Vaccination United Provinces of Agra and Oudh 1902-1913 - 1902-1913
Year: 1902
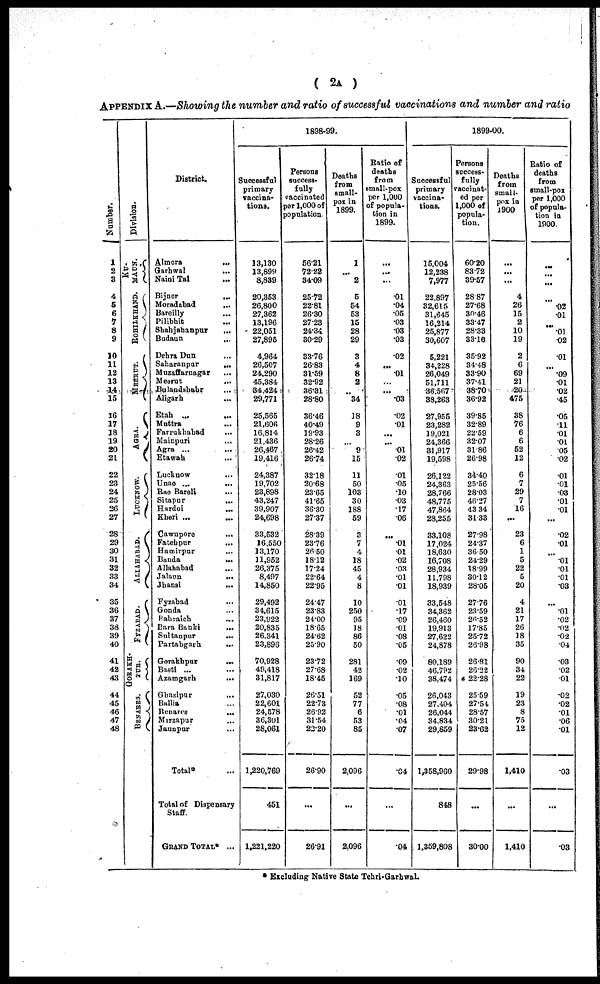
( 2A )
APPENDIX A.—Showing the number and ratio of successful vaccinations and number and ratio
Number.
1
2
3
4
5
6
7
8
9
10
11
12
13
14
15
16
17
18
19
20
21
22
23
24
25
26
27
28
29
30
31
32
33
34
35
36
37
3d
39
40
41
42
43
44
45
46
47
48
Division.
KU¬
MAUN.
ROHILKHAND.
MEERUT.
AGRA.
LUCKNOW.
ALLAHABAD.
FYZABAD.
GORAKH¬
PUR.
BENARES.
District.
Almora
...
Garhwal
...
Naini Tal ...
Bijnor
...
Moradabad
...
Bareilly
...
Pilibhit ...
Shahjahanpur
...
Budaun ...
Dehra Dun ...
Saharanpur
...
Muzaffarnagar ...
Meerut
...
Bulandshahr ...
Aligarh
...
Etah ...
...
Muttra
...
Farrukhabad ...
Mainpuri
...
Agra ...
...
Etawah ...
Lucknow ...
Unao ... ...
Rae Bareli ...
Sitapur ...
Hardoi
...
Kheri ... ...
Cawnpore
...
Fatehpur ...
Hamirpur ...
Banda
...
Allahabad ...
Jalaun
...
Jhansi
...
Fyzabad ...
Gonda ...
Bahraich ...
Bara Banki
...
Sultanpur
...
Partabgarh
...
Gorakhpur
...
Basti ...
Azamgarh
...
Ghazipur
...
Ballia ...
Benares
...
Mirzapur
...
Jaunpur
...
Total* ...
Total of Dispensary
Staff.
GRAND TOTAL* ...
1898-99.
Successful
primary
vaccina-
tions.
13,130
13,899
8,839
20,353
26,800
27,362
13,196
22,051
27,895
4,964
26,507
24,290
45,384
34,424
29,771
25,565
21,606
16,814
21,436
26,467
19,416
24,387
19,702
23,898
43,247
39,907
24,698
33,532
16,550
13,170
11,952
26,375
8,497
14,850
29,492
34,615
23,922
20,835
26,341
23,896
70,928
49,418
31,817
27,030
22,601
24,578
36,301
28,061
1,220,769
451
1,221,220
Persons
success-
fully
vaccinated
per 1,000 of
population.
56.21
72.22
34.09
25.72
22.81
26.30
27.23
24.34
30.29
33.76
26.83
31.59
32.92
36.31
28.80
36.46
40.49
19.93
28.26
26.42
26.74
32.18
20.68
23.65
41.65
36.30
27.37
28.39
23.76
26.50
18.12
17.24
22.64
22.95
24.47
23.83
24.00
18.65
24.62
25.90
23.72
27.68
18.45
26.51
22.73
26.92
31.54
22.20
26.90
...
26.91
Deaths
from
small-
pox in
1899.
1
...
2
5
54
53
15
28
29
3
4
8
2
...
34
18
9
3
...
9
15
11
50
103
30
188
59
3
7
4
18
45
4
8
10
250
95
18
86
50
281
42
169
52
77
6
53
85
2,096
...
2,096
Ratio of
deaths
from
small-pox
per 1,000
of popula-
tion in
1899.
...
...
...
01
.04
.05
.03
.03
.03
.02
. ..
01
...
...
.03
.02
.01
...
...
.01
.02
.01
.05
.10
.03
.17
.06
...
.01
.01
.02
.03
.01
.01
.01
.17
.09
.01
.08
.05
.09
.02
.10
.05
.08
.01
.04
.07
.04
...
.04
1899-00.
Successful
primary
vaccina-
tions.
15,004
12,238
7,977
22,897
32,615
31,645
16,214
25,877
30,607
5,221
34,228
26,049
51,711
36,567
38,263
27,955
23,282
19,021
24,366
31,917
19,598
26,122
24,363
28,766
48,775
47,864
28,255
33,108
17,024
18,630
16,708
28,934
11,798
18,939
33,548
34,362
26,460
19,913
27,622
24,878
80,189
46,792
38,474
26,043
27,404
26,044
34,834
29,859
1,358,960
848
1,359,808
Persons
success-
fully
vaccinat-
ed per
1,000 of
popula-
tion.
60.20
83.72
39.57
28.87
27.68
30.46
33.47
28.33
33.16
35.92
34.48
33.90
37.41
38.70
36.92
39.85
32.89
22.59
32.07
31.86
26.98
34.40
25.56
28.03
46.27
43.34
31.33
27.98
24.37
36.50
24.29
18.99
30.12
28.05
27.76
23.59
26.52
17.85
25.72
26.98
26.81
26.22
22.28
25.59
27.54
28.57
30.21
23.62
29.98
...
30.00
Deaths
from
small-
pox in
1900
...
...
...
4
26
15
2
10
19
2
6
69
21
20
475
38
76
6
6
52
12
6
7
29
7
16
...
23
6
1
5
22
5
20
4
21
17
26
18
35
90
34
22
19
23
8
75
12
1,410
...
1,410
Ratio of
deaths
from
small-pox
per 1,000
of popula-
tion in
1900
...
...
...
...
.02
.01
...
.01
.02
.01
...
.09
.01
.02
.45
.05
11
.01
.01
.05
.02
.01
.01
.03
.01
.01
...
02
01
...
.01
.01
.01
.03
...
.01
.02
.02
.02
.04
.03
.02
.01
.02
.02
.01
.06
.01
.03
...
.03
* Excluding Native State Tehri-Garhwal.